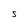
Character: S